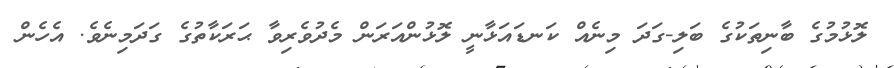
ލޮޅުމުގެ ބާނިތަކުގެ ބަލި-ގަދަ މިނެއް ކަނޑައަޅާނީ ލޮޅުންއަރަން މެދުވެރިވާ ޙަރަކާތުގެ ގަދަމިނެވެ. އެހެން